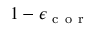
1 - \epsilon _ { \mathrm { ~ c ~ o ~ r ~ } }